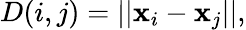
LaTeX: D(i,j)=\lvert\lvert\boldsymbol{\mathbf{x}}_{i}-\boldsymbol{\mathbf{x}}_{j}\lvert\lvert,